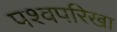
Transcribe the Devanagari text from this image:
पश्वपरिखा